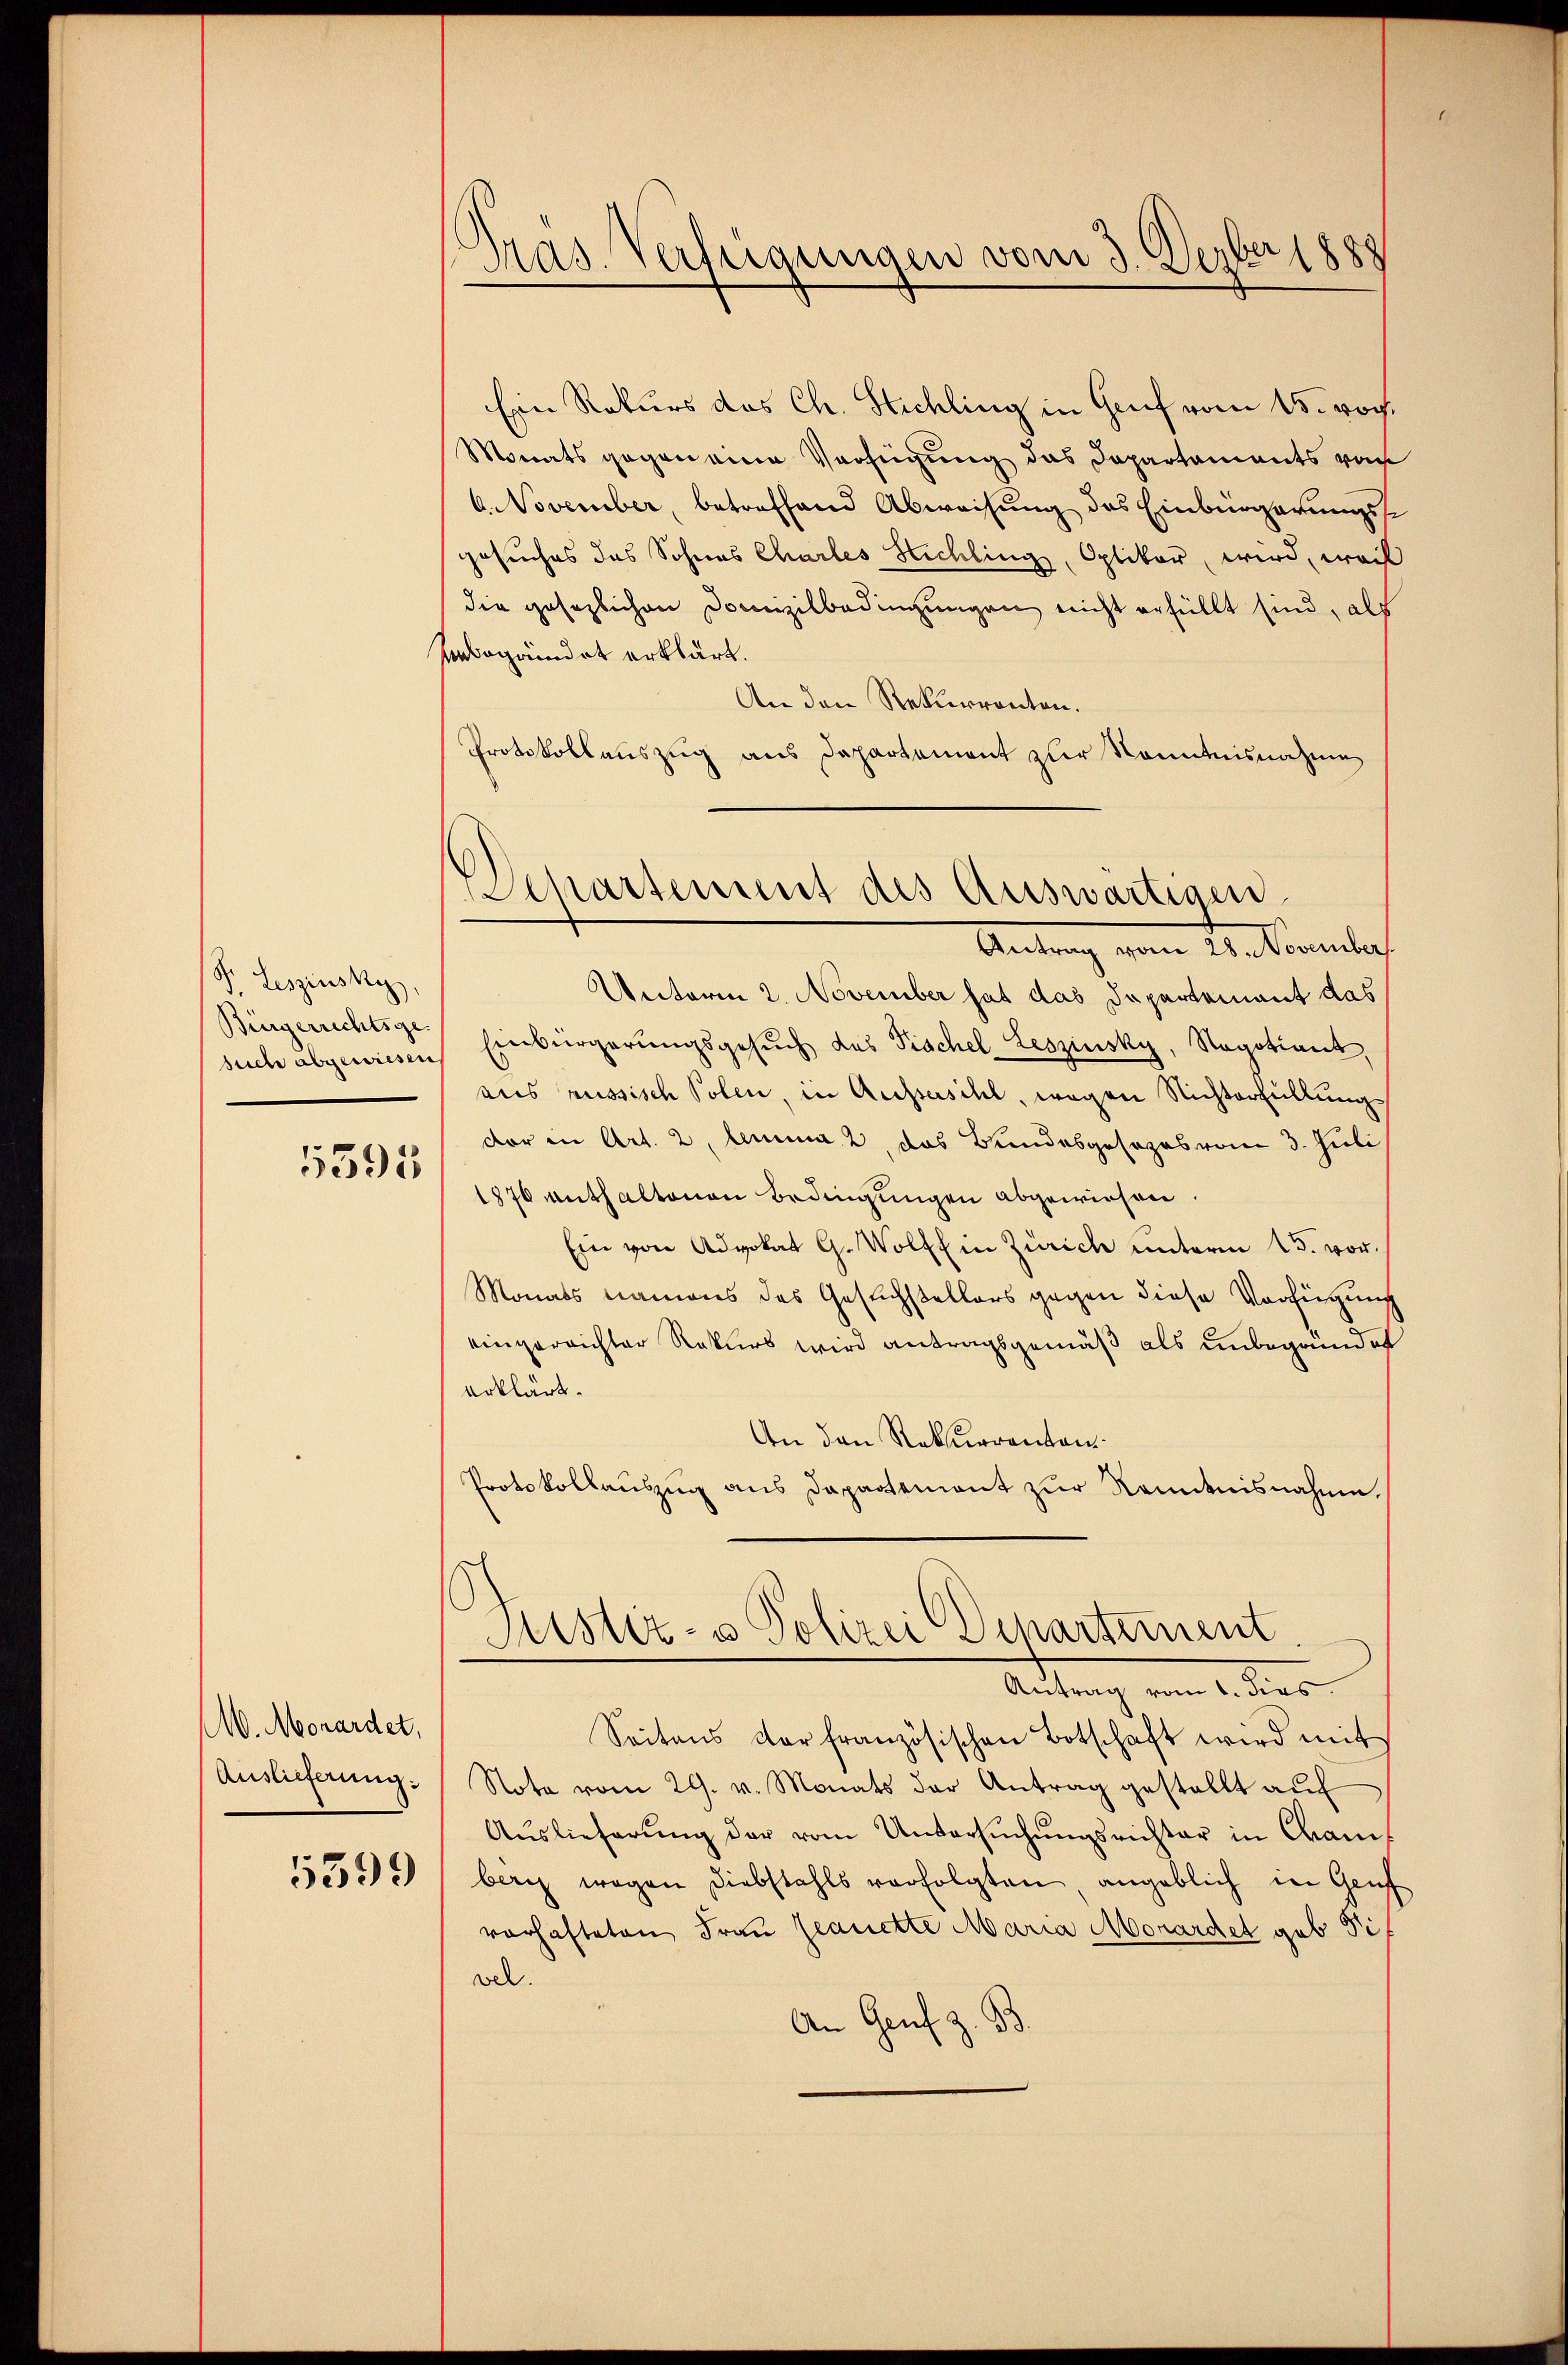
P. Leszinsky
Bürgerrechtsge
such abgewiesen

5395

M. Morardet,
Auslieferung.

5599

¬
Mas. Verfügungen vom 3. Derber 1888

Departement des Auswärtigen

Ein Rekurs das Ch. Stichling in Gruf vom 15. Noch
Monats gegen eine Verfügung das Departaments vo
6. November, betreffend Abweisung des Einbürgerungs-
Gesuches das Sohnes Charles Stichling, Optiker wird, weil
die gesezlichen Domizilbedingungen nicht erfüllt sind, als
übegründet erklärt.
An den Rekurrenten.
Protokollauszug aus Departement zur Kenntnisnahme
Antrag vom 28. November.
Unterm 2. November hat das Departement das
Einbürgerungsgesuch das Tischel Leszinsky, Negotiant,
aus russisch Polen, in Aussersihl, wegen Nichterfüllung
der in Art. 2. lemma 2 das Bundesgesezes vom 3. Juli
1876 enthaltenen Bedingungen abgewiesen.
Ein von Advokat G. Wolff in Zürich unterm 15. vor.
Monats namens des Gesuchstellers gegen diese Verfügung
eingereichter Rekurs wird antragsgemäß als unbegründet
erklärt.
An den Rekurrenten
Protokollauszug aus Dapartemont zur Kenntnisnahme.
Sistiz- & Polizei Departement
Antrag vom 1. dies
Seitens der französischen Botschaft wird mit
Nota vom 29. v. Monats der Antrag gestellt aŭf
Aŭslieferŭng der vom Untersŭchŭngsrichter in Cram
berg wegen Diebstahls verfolgten, angeblich in Genf
vorhafteten Frau seguette Maria Monardet geb Sif
vel.
An Genf z. B.